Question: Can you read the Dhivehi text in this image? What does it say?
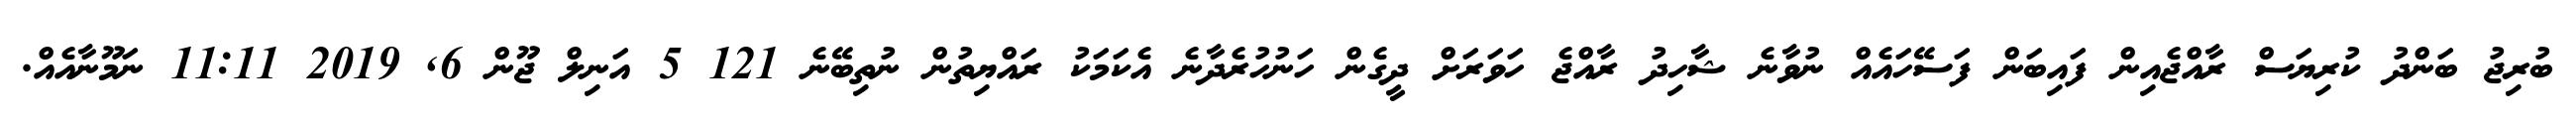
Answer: ބުރިޖު ބަންދު ކުރިޔަސް ރާއްޖެއިން ފައިބަން ފަސޭހައެއް ނުވާނެ ޝާހިދު ރާއްޖެ ހަވަރަށް ދީގެން ހަނުހުރެދާނެ އެކަމަކު ރައްޔިތުން ނުތިބޭނެ 121 5 އަނިލް ޖޫން 6, 2019 11:11 ނަމޫނާއެއް.